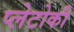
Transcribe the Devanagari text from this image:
प्लेटोकी